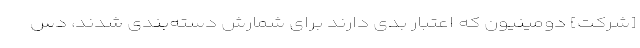
[شرکت] دومینیون که اعتبار بدی دارند برای شمارش دسته‌بندی شدند، دس